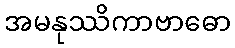
အမနုဿိကာဗာဓော